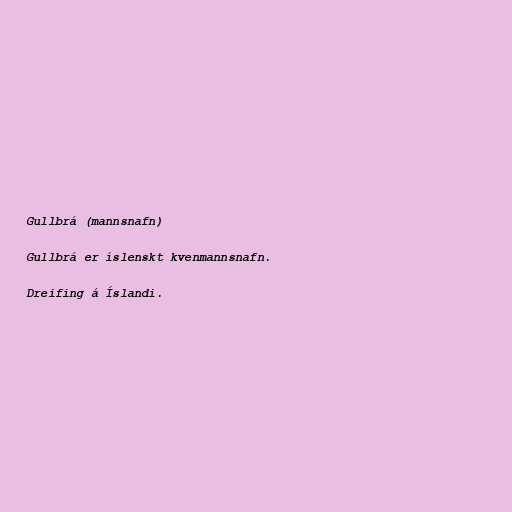
Gullbrá (mannsnafn)

Gullbrá er íslenskt kvenmannsnafn.

Dreifing á Íslandi.